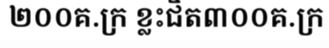
២០០គ.ក្រ ខ្លះជិត៣០០គ.ក្រ